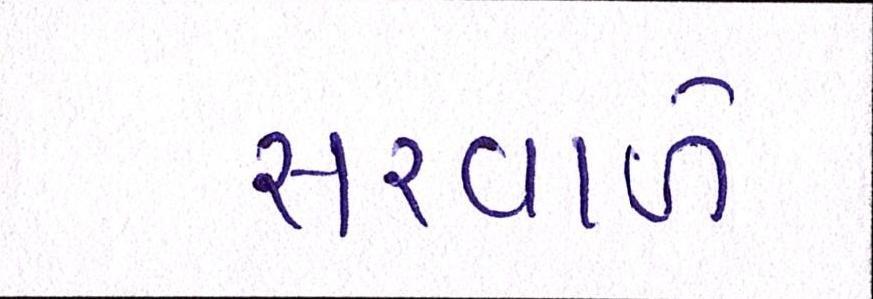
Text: સરવાળે